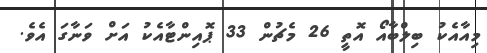
މިއާއެކު ބިލްބާއޯ އޮތީ 26 މެޗުން 33 ޕޮއިންޓާއެކު އަށް ވަނާގަ އެވެ.